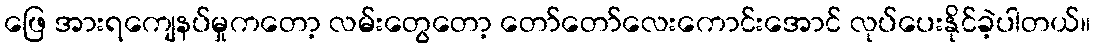
ဖြေ အားရကျေနပ်မှုကတော့ လမ်းတွေတော့ တော်တော်လေးကောင်းအောင် လုပ်ပေးနိုင်ခဲ့ပါတယ်။